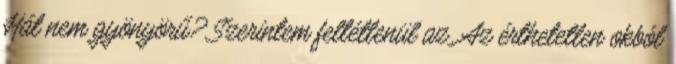
Hát nem gyönyörű? Szerintem feltétlenül az. Az érthetetlen okból